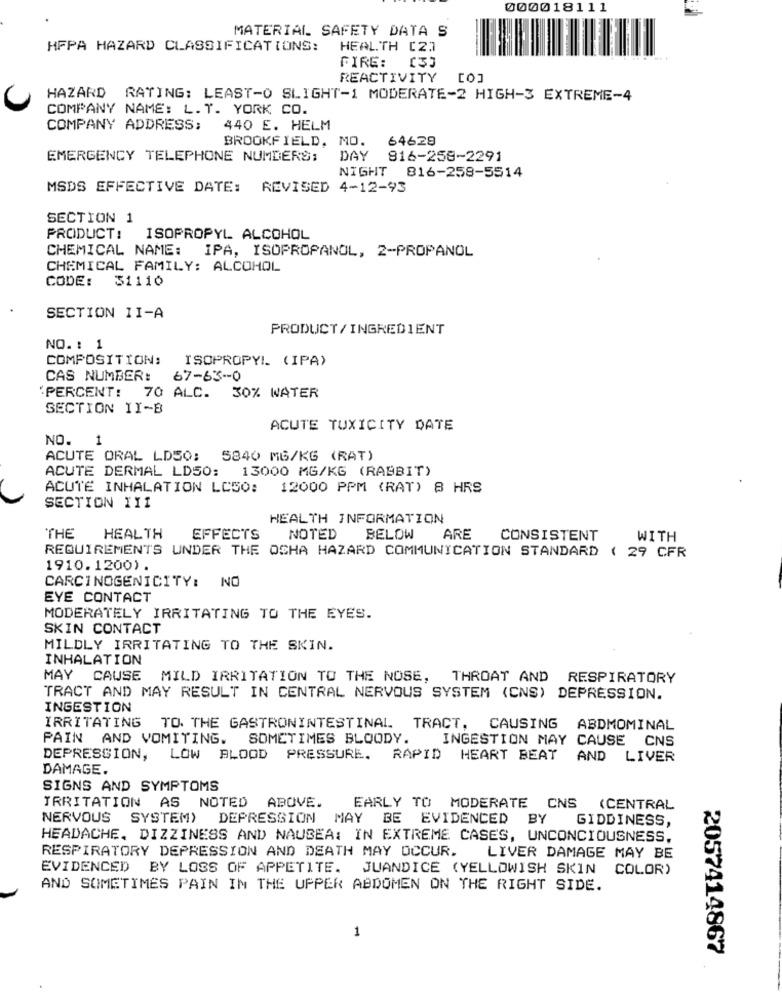
000018111
MATERIAL SAFETY DATA S
HFPA HAZARD CLASSIFICATIONS:
HEALTH [2]
FIRE:
REACTIVITY [O]
HAZARD RATING: LEAST-O SLIGHT-1 MODERATE-2 HIGH-3 EXTREME-4
COMPANY NAME: L. T. YORK CO.
COMPANY ADDRESS:
440 E. HELM
BROOKFIELD. MO.
64629
EMERGENCY TELEPHONE NUMBERS:
DAY
816-258-2291
NIGHT 816-258-5514
MSDS EFFECTIVE DATE: REVISED 4-12-93
SECTION 1
PRODUCT: ISOPROPYL ALCOHOL
CHEMICAL NAME: IPA, ISOPROPANOL, 2-PROPANOL
CHEMICAL FAMILY: ALCOHOL
CODE: 31110
SECTION 1I-A
PRODUCT/ INGREDIENT
NO. : 1
COMPOSITION:
ISOPROPYL (IPA)
CAS NUMBER:
67-63-0
'PERCENT:
70 ALC.
30% WATER
SECTION II-B
ACUTE TOXICITY DATE
NO.
1
ACUTE ORAL LDS0: 5840 MG/KG (RAT)
ACUTE DERMAL LD50:
13000 MG/KG (RABBIT)
ACUTE INHALATION LCS0:
12000 PPM (RAT) 8 HRS
SECTION III
HEALTH INFORMATION
HEALTH
THE
EFFECTS
NOTED
BELOW
ARE
CONSISTENT
WITH
REQUIREMENTS UNDER THE OCHA HAZARD COMMUNICATION STANDARD ( 29 CFR
1910. 1200).
CARCINOGENICITY:
NO
EYE CONTACT
MODERATELY IRRITATING TO THE EYES.
SKIN CONTACT
MILDLY IRRITATING TO THE SKIN.
INHALATION
MAY CAUSE MILD IRRITATION TO THE NOSE, THROAT AND RESPIRATORY
TRACT AND MAY RESULT IN CENTRAL NERVOUS SYSTEM (CNS) DEPRESSION.
INGESTION
IRRITATING TO. THE GASTRONINTESTINAL TRACT, CAUSING ABDMOMINAL
PAIN AND VOMITING. SOMETIMES BLOODY.
INGESTION MAY CAUSE CNS
DEPRESSION,
LOW BLOOD PRESSURE. RAPID
HEART BEAT
AND LIVER
DAMAGE.
SIGNS AND SYMPTOMS
IRRITATION AS NOTED ABOVE.
EARLY TO MODERATE CNS
(CENTRAL
NERVOUS SYSTEM)
DEPRESSION MAY BE EVIDENCED BY
GIDDINESS,
HEADACHE, DIZZINESS AND NAUSEA: IN EXTREME CASES, UNCONCIOUSNESS.
RESPIRATORY DEPRESSION AND DEATH MAY OCCUR.
LIVER DAMAGE MAY BE
EVIDENCED BY LOSS OF APPETITE. JUANDICE (YELLOWISH SKIN COLOR)
AND SOMETIMES PAIN IN THE UPPER ABDOMEN ON THE RIGHT SIDE.
1
2057414867